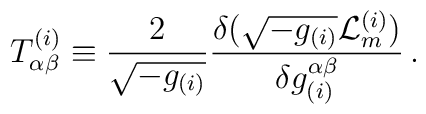
T_{\alpha\beta}^{(i)} \equiv \frac{2}{\sqrt{-g_{(i)}}}\frac{\delta(\sqrt{-g_{(i)}}{\cal L}_m^{(i)})}{\delta g_{(i)}^{\alpha\beta}}\,.